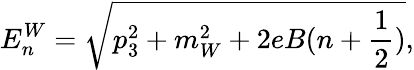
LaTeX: E_{n}^{W}=\sqrt{p_{3}^{2}+m_{W}^{2}+2eB(n+\frac{1}{2})},